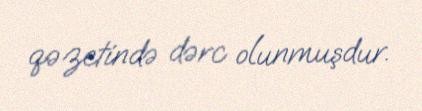
qəzetində dərc olunmuşdur.